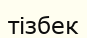
тізбек